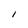
Character: i